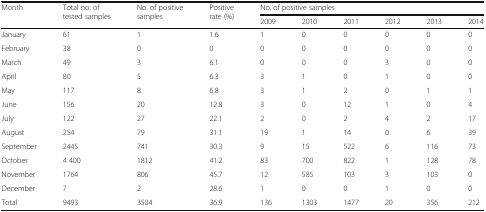
| <ROWSPAN=2> Month | <ROWSPAN=2> Total no. of tested samples | <ROWSPAN=2> No. of positive samples | <ROWSPAN=2> Positive rate (%) | <COLSPAN=6> No. of positive samples |
 | 2009 | 2010 | 2011 | 2012 | 2013 | 2014 |
 | --- | --- | --- | --- | --- | --- | --- | --- | --- | --- |
 | January | 61 | 1 | 1.6 | 1 | 0 | 0 | 0 | 0 | 0 |
 | February | 38 | 0 | 0 | 0 | 0 | 0 | 0 | 0 | 0 |
 | March | 49 | 3 | 6.1 | 0 | 0 | 0 | 3 | 0 | 0 |
 | April | 80 | 5 | 6.3 | 3 | 1 | 0 | 1 | 0 | 0 |
 | May | 117 | 8 | 6.8 | 3 | 1 | 2 | 0 | 1 | 1 |
 | June | 156 | 20 | 12.8 | 3 | 0 | 12 | 1 | 0 | 4 |
 | July | 122 | 27 | 22.1 | 2 | 0 | 2 | 4 | 2 | 17 |
 | August | 254 | 79 | 31.1 | 19 | 1 | 14 | 0 | 6 | 39 |
 | September | 2445 | 741 | 30.3 | 9 | 15 | 522 | 6 | 116 | 73 |
 | October | 4 400 | 1812 | 41.2 | 83 | 700 | 822 | 1 | 128 | 78 |
 | November | 1764 | 806 | 45.7 | 12 | 585 | 103 | 3 | 103 | 0 |
 | December | 7 | 2 | 28.6 | 1 | 0 | 0 | 1 | 0 | 0 |
 | Total | 9493 | 3504 | 36.9 | 136 | 1303 | 1477 | 20 | 356 | 212 |